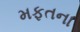
મફતના